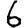
Digit: 6